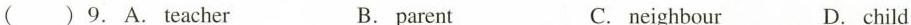
( )9.A.Teacher B.parent C.neighbour D.child